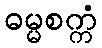
ဓမ္မစက္ကံ